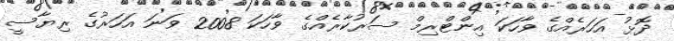
ދޮޅު އަހަރެއްގެ ވާހަކަ އިންޓްރިމް ސަރުކާރެއްގެ ވާހަކަ 2008 ވަނަ އަހަރުގެ ރިޔާސީ